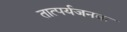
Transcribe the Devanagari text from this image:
तात्पर्यजनक